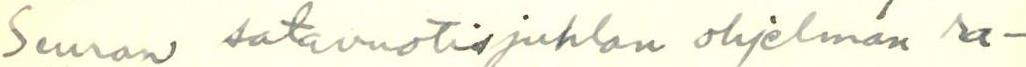
Seuran satavuotisjuhlan ohjelman ra-